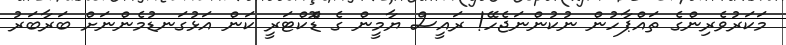
މަކަރުވެރިންގެ ތަައްޕާހުން ނުކުންނަޖެހޭ! ރައީސް ޔާމީން ގެ ޑޮްކްޓަރީ ކަން އަޅުގަނޑުމެންނަށް ބަރާބަރު